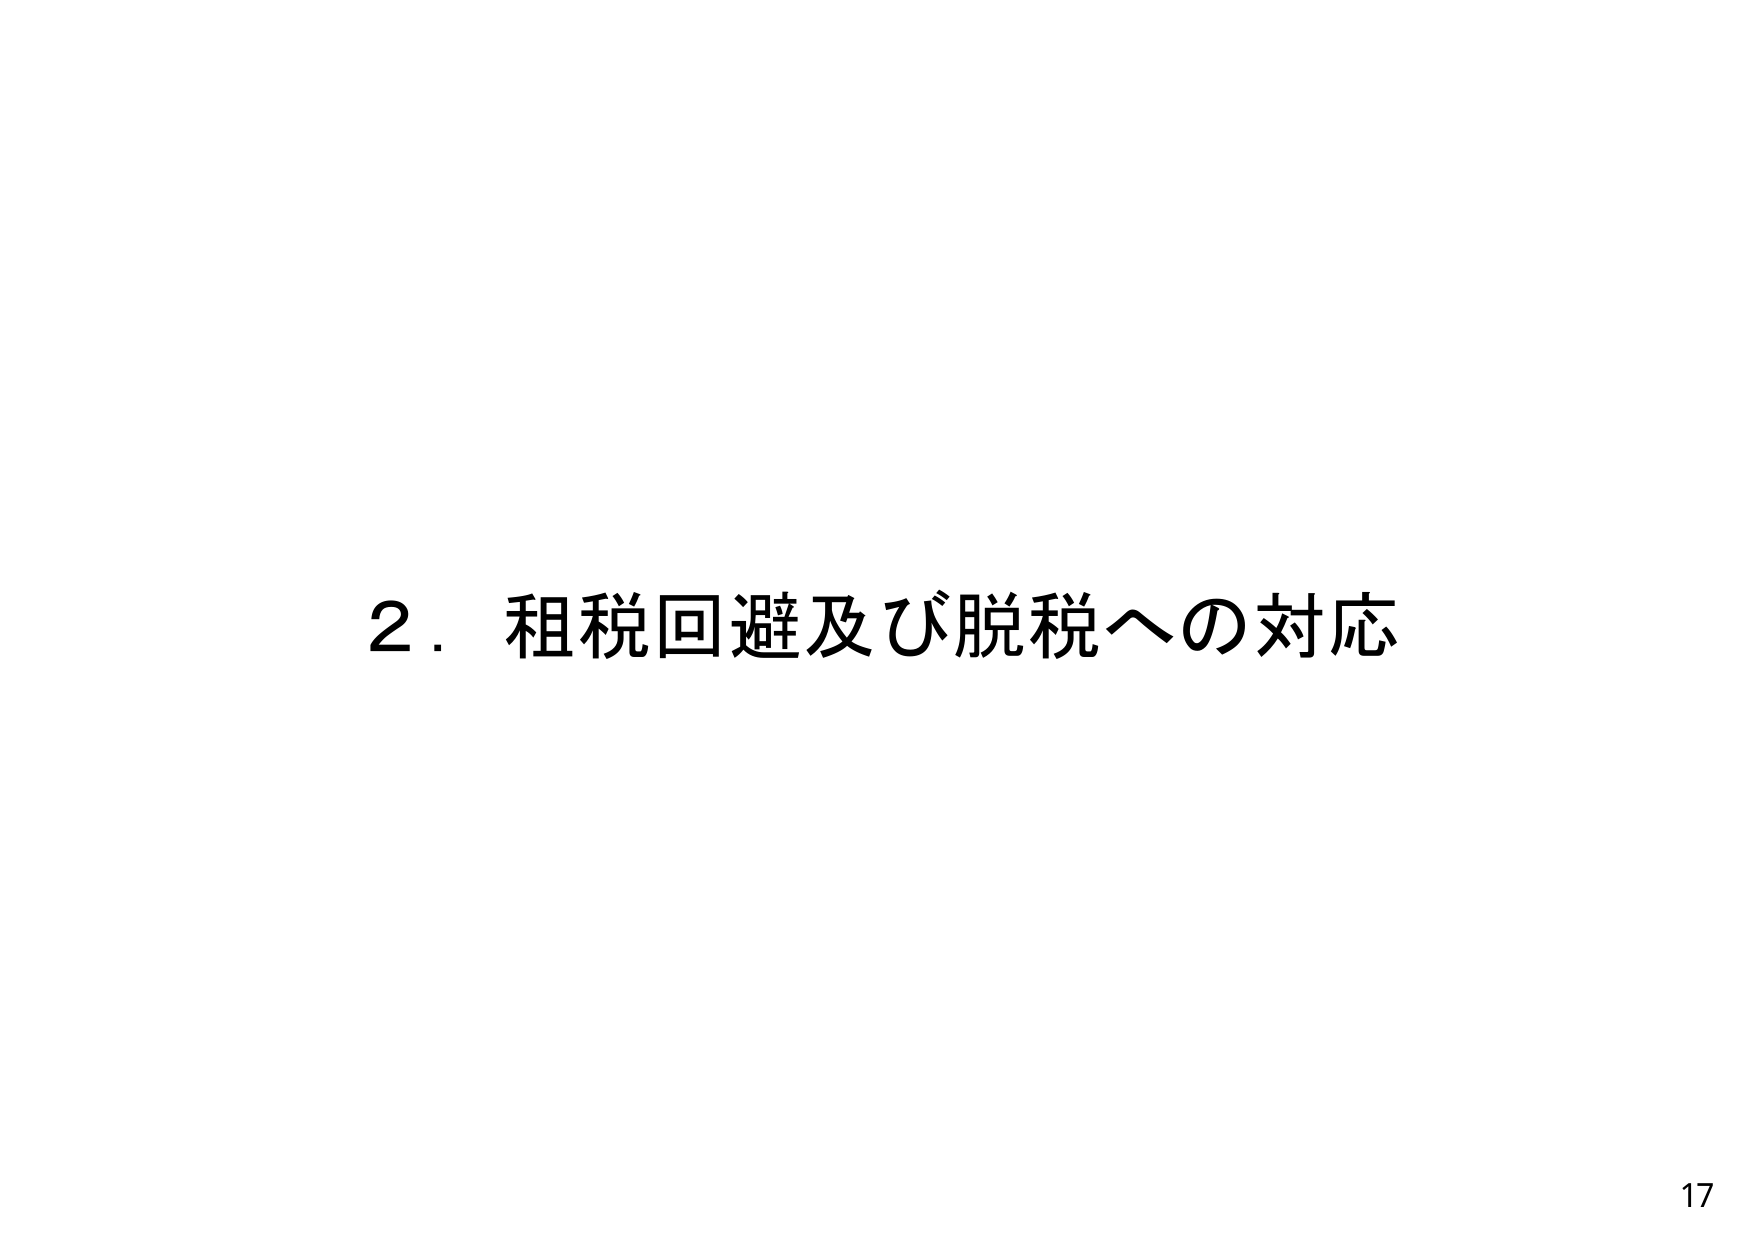
2．租税回避及び脱税への対応
17